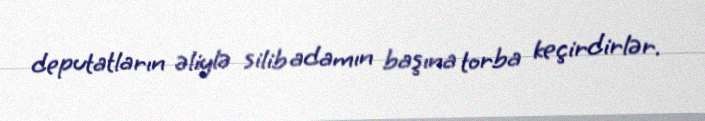
deputatların əliylə silib adamın başına torba keçirdirlər.